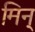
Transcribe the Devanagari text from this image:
मिन्‌